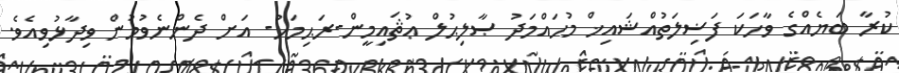
ކުރާ ބަޔެއްގެ ވާހަކަ ފަޟިލަތުއްޝައިޚް މުހައްމަދު ޞާލިޙުލް ޢުޘައިމީން-ރަޙިމަހު- އަށް ދެންނެވުމުން ވިދާޅުވިއެވެ.